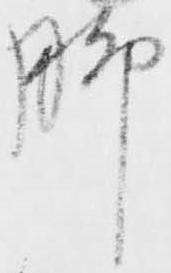
脚